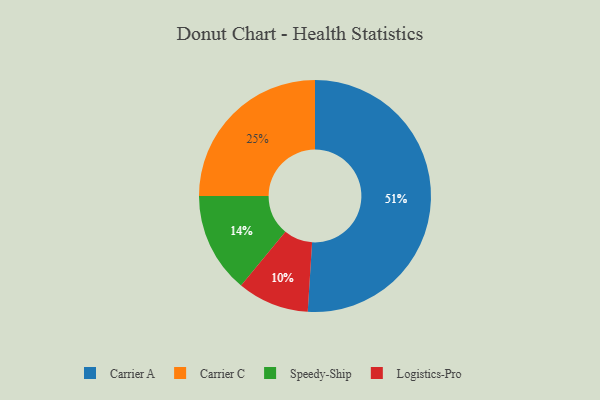
{"axis": {"x": "Category", "y": "Percentage"}, "legend": ["Carrier A", "Carrier C", "Logistics-Pro", "Speedy-Ship"], "data": [{"x": "Logistics-Pro", "y": 10, "type": "Logistics-Pro"}, {"x": "Carrier A", "y": 51, "type": "Carrier A"}, {"x": "Speedy-Ship", "y": 14, "type": "Speedy-Ship"}, {"x": "Carrier C", "y": 25, "type": "Carrier C"}]}